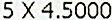
5 X 4.5000